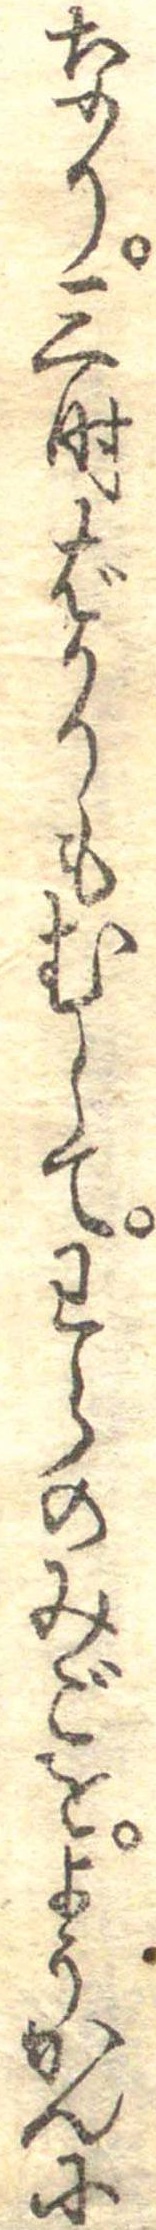
なり三時ばかりもむしてわらのみごをようかんに